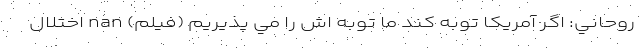
روحاني: اگر آمريکا توبه کند ما توبه اش را مي پذيريم (فیلم) nan اختلال